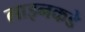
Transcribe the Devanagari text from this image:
लाइनकडे